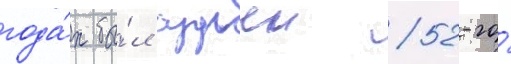
года́х бы́л судьеи 52-го́